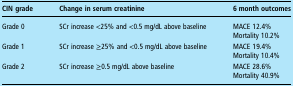
| CIN grade | Change in serum creatinine | 6 month outcomes |
 | --- | --- | --- |
 | Grade 0 | SCr increase <25% and <0.5 mg/dL above baseline | MACE 12.4%Mortality 10.2% |
 | Grade 1 | SCr increase ≥25% and <0.5 mg/dL above baseline | MACE 19.4%Mortality 10.4% |
 | Grade 2 | SCr increase ≥0.5 mg/dL above baseline | MACE 28.6%Mortality 40.9% |